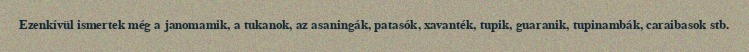
Ezenkívül ismertek még a janomamik, a tukanok, az asaningák, patasók, xavanték, tupik, guaranik, tupinambák, caraibasok stb.